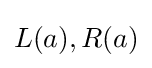
L(a),R(a)